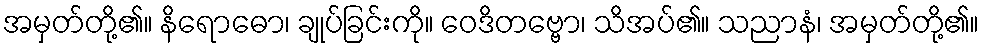
အမှတ်တို့၏။ နိရောဓော၊ ချုပ်ခြင်းကို။ ဝေဒိတဗ္ဗော၊ သိအပ်၏။ သညာနံ၊ အမှတ်တို့၏။